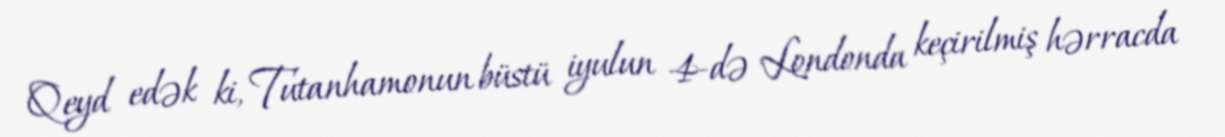
Qeyd edək ki, Tutanhamonun büstü iyulun 4-də Londonda keçirilmiş hərracda